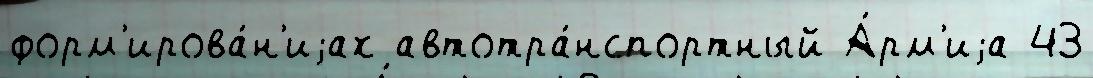
форм'ирова́н'иjах автотра́нспортный А́рм'иjа 43